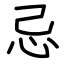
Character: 忌